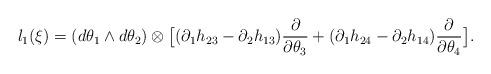
LaTeX: \begin{align*}l_1(\xi)= (d\theta_1\wedge d\theta_2) \otimes\big[({\partial_1}h_{23}- {\partial_2}h_{13})\frac{\partial}{\partial \theta_3}+({\partial_1}h_{24}- {\partial_2}h_{14})\frac{\partial}{\partial \theta_4}\big].\end{align*}